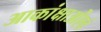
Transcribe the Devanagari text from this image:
आकांक्षाओंएवं